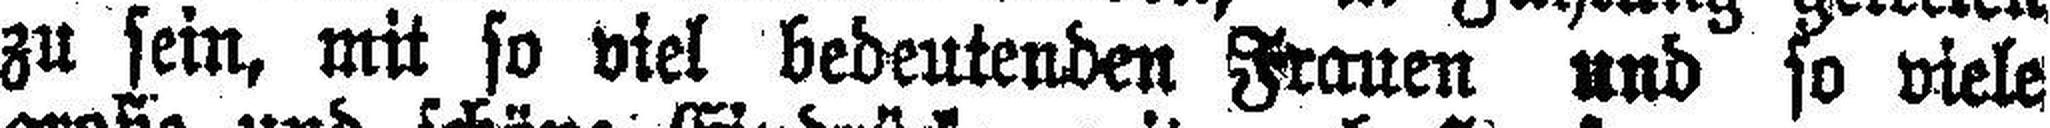
zu sein, mit so viel bedeutenden Frauen und so viele